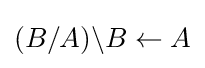
(B/A)\backslash B\leftarrow A